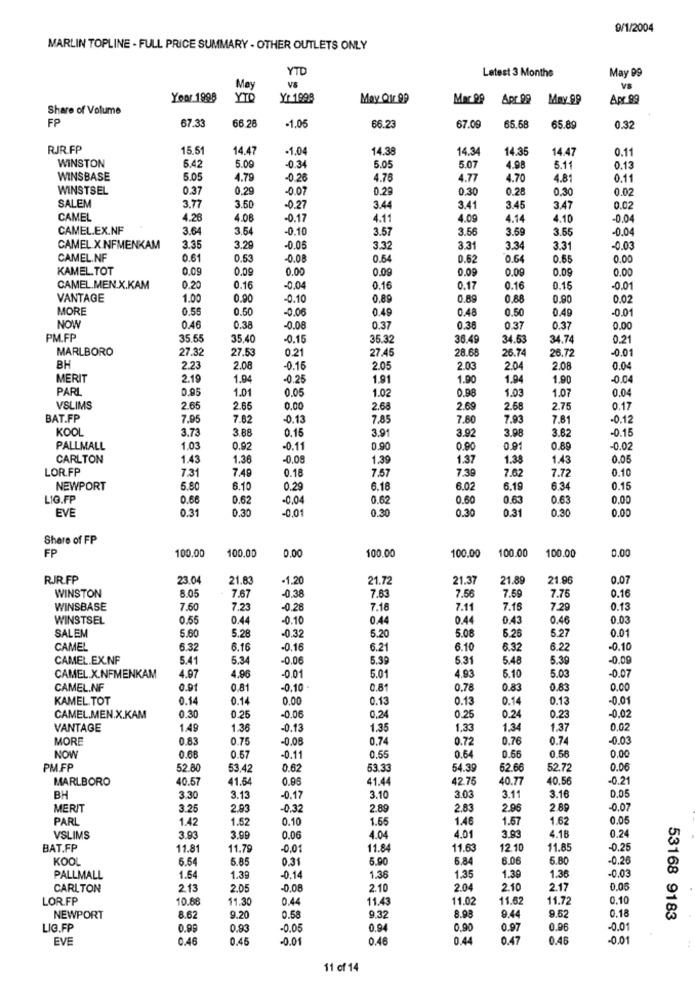
9/1/2004
MARLIN TOPLINE - FULL PRICE SUMMARY - OTHER OUTLETS ONLY
YTD
Latest 3 Months
May 99
VS
Mey
VS
Yoor 1998
YTO
May Or 99
Mar 99
Apr 99 Mmy 99
Apr.99
Share of Volume
FP
67.33
66 28
1.05
66.23
67.09
65.68
65.89
0.32
RJR.FP
15.51
14.47
-1.04
14.38
14.34
14.35
14.47
0.11
WINSTON
6.42
5.09
-0.34
5.0
5.07
4.98
5.1
0.13
WINSBASE
5.05
4.79
-0.26
4.76
4.77
4.70
4.81
0.11
WINSTSEL
0.37
0.29
-0.07
0.2
0.30
0.28
0.30
0.02
SALEM
3.77
3.50
-0.27
3.44
3.4
3.45
3.47
CAMEL
4.26
4.08
-0.17
4.11
4.09
4.14
4.10
-0.04
CAMEL.EX.NF
3.64
3.54
-0.10
3.57
3.56
3.69
3.55
-0.04
CAMEL X NFMENKAM
3.35
3.29
-0.05
3.32
3.31
3.34
3.31
0.03
CAMEL.NF
0.61
0.53
-0.00
0.54
0.62
0.64
0.65
0.00
KAMEL. TOT
0.09
0.09
0.00
0.09
0.09
0.09
0.09
0.00
CAMEL.MEN.X.KAM
0.20
0.16
-0.04
0.16
0.17
0.16
0.15
-0.0
VANTAGE
1.00
0.90
-0.10
0.89
0.89
0.88
0.90
0.0
MORE
0.55
0.50
-0.06
0.49
0.48
0.50
0.49
-0.0
NOW
0.46
0.38
-0.08
0.37
0.36
0.37
0.37
0.00
PM.FP
35.55
35,40
-0.15
35.32
36.49
34.53
34.74
0.21
MARLBORO
27.32
27.53
0.21
27.45
28.66
26.74
26.72
BH
-0.01
2.23
2.08
-0.16
2.05
2.00
2.04
2.08
0.04
MERIT
2.19
1.9
-0.25
1.91
1.90
1.94
1.90
-0.0
PARL
0.95
1.01
0.05
1.02
0.98
1.03
1.07
0.04
VSLIMS
2.65
2.65
0.00
2.68
2.69
2.68
2.75
0.17
BAT.FP
7.95
7.82
-0.13
7.85
7.80
7.93
7.81
-0.12
KOOL
3.73
3.88
0.15
3.91
3.92
3.98
3.8
-0.15
PALLMALL
1.03
0.92
-0.11
0.90
0.90
0.91
0.89
-0.02
CARLTON
1.43
1.36
-0.08
1.39
1.37
1.38
1.43
0.05
LOR.FP
7.31
7.49
0.18
7.57
7.39
7.62
7.72
0.10
NEWPORT
5.80
6.10
0.29
6.18
6.02
6.19
6.34
0.15
LIG.FP
0.68
0.62
-0.04
0.62
0.60
0.63
0.63
0.00
EVE
0.31
0.30
0.01
0.30
0.30
0.31
0.30
0.00
Share of FP
100.00
100,00
0.00
100.00
0.00
FP
100.00
100.00
100.00
RJR.FP
23.04
21.8
1.20
21.72
21.37
21.89
21.96
0.07
WINSTON
8.05
7.67
-0.38
7.63
7.75
7.5
7.59
0.16
WINSBASE
7.60
7.23
-0.28
7.18
7.11
7.15
7.29
0.13
WINSTSEL
0.55
0.44
-0.10
0.44
0.44
0.43
0.46
0.03
SALEM
5.60
5.28
-0.39
5.20
5.08
5.26
5.27
0.01
CAMEL
6.32
6.16
-0.18
6.21
6.10
6.32
6.22
0.10
CAMEL.EX.NF
5.41
5.34
-0.00
5.39
5.31
5.48
5.30
0.09
4.97
4.93
CAMEL.X.NFMENKAM
4.96
-0.01
5.01
5.10
5.03
-0.07
CAMEL.NF
0.01
0.81
-0,10
0.81
0.7
0.83
0.83
0.00
KAMEL. TOT
0.14
0.14
0.00
0.13
0.13
0.14
0.13
-0.01
0.30
0.24
CAMEL.MEN.X.KAM
0.25
-0,06
0.25
0.24
0.23
-0.02
VANTAGE
1.49
1.36
-0.13
1.35
1.33
1,34
1.37
0.02
MORE
0.83
0.75
-0.08
0.74
0.72
0.76
0.74
-0.03
NOW
0.56
0.56
0.68
0.57
-0.11
0.55
0.64
0.00
PM.FP
52 80
53,42
0.62
53.33
54.39
62.66
52.72
0.06
MARLBORO
40.57
41.54
0.95
41.44
42.75
40.77
40.56
-0.21
3.03
BH
3.30
3.13
-0.17
3.10
3.11
3.16
0,05
MERIT
3.25
2.93
-0.32
2.89
2.83
2.96
2.89
-0.07
PARL
1.42
1.52
0.10
1.55
1.46
1.57
1.62
0.05
4.01
0.24
VSLIMS
3.93
3.99
0.06
4.04
3.9
4.18
BAT.FP
11.81
11.79
-0.01
11.84
11.63
12.10
11.85
-0.25
KOOL
6.6
5.85
0.31
5.90
6.84
6.06
5.80
0.26
1.36
PALLMALL
1.54
1.39
-0.14
1.35
1.30
1.36
-0.03
CARLTON
2.13
2.05
2.10
2.04
2.10
2.17
0.00
LOR.FP
10.88
11.30
0.44
11.43
11.02
11.62
11.72
0.10
8.98
9.44
NEWPORT
8.62
9.20
0.58
9.32
9.52
0.18
53168 9183
LIG.FP
0.99
0.83
-0.05
0.94
0.90
0.97
0.96
-0.0
EVE
0.46
0.45
-0.01
0.46
0.44
0.47
0.46
-0.01
11 of 14